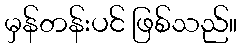
မှန်တန်းပင် ဖြစ်သည်။